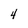
Character: 4